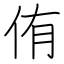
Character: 侑